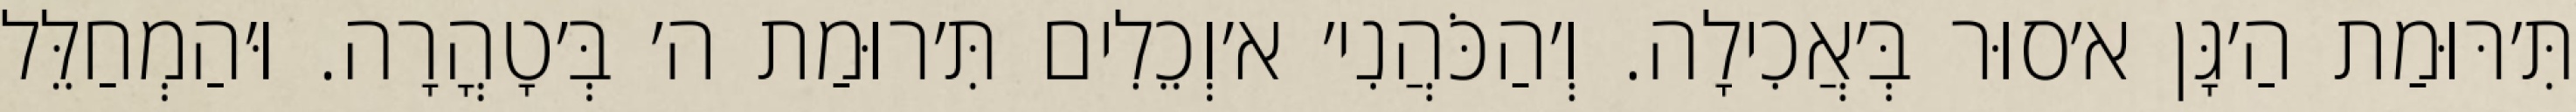
תִּ׳רּוּמַת הַ׳גָּן א׳סוּר בְּ׳אֲכִילָה. וְ׳הַכֹּהֲנִי׳ א׳וְכֵלִים תִּ׳רוּמַת ה׳ בְּ׳טָהֳרָה. וּ׳הַמְחַלֵּל